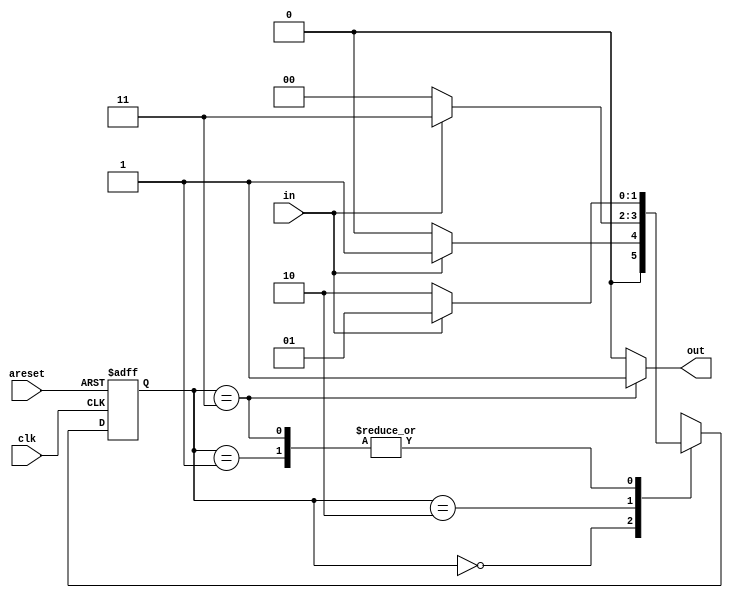
module top_module(
    input clk,
    input in,
    input areset,
    output out); //
    reg [1:0] state,next_state;
    parameter A=2'd0, B=2'd1, C=2'd2, D=2'd3;
    // State transition logic
    always@(*)
        begin
            case(state)
            A:next_state<=in?B:A;
            B:next_state<=in?B:C;
            C:next_state<=in?D:A;
            D:next_state<=in?B:C;
        endcase
        end
    // State flip-flops with asynchronous reset
    always@(posedge clk or posedge areset)
        begin
            if(areset) state<=A;
            else state<=next_state;
        end
    // Output logic
    assign out = (state == D)?1'b1:1'b0;  
endmodule